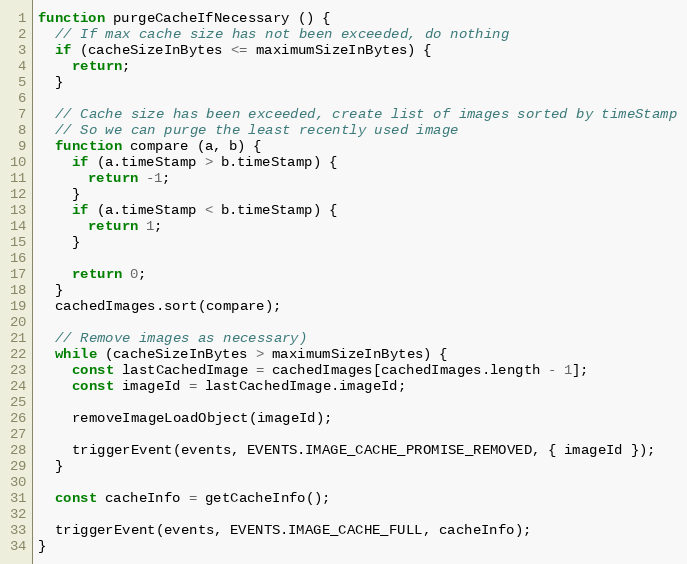
Language: JavaScript
function purgeCacheIfNecessary () {
  // If max cache size has not been exceeded, do nothing
  if (cacheSizeInBytes <= maximumSizeInBytes) {
    return;
  }

  // Cache size has been exceeded, create list of images sorted by timeStamp
  // So we can purge the least recently used image
  function compare (a, b) {
    if (a.timeStamp > b.timeStamp) {
      return -1;
    }
    if (a.timeStamp < b.timeStamp) {
      return 1;
    }

    return 0;
  }
  cachedImages.sort(compare);

  // Remove images as necessary)
  while (cacheSizeInBytes > maximumSizeInBytes) {
    const lastCachedImage = cachedImages[cachedImages.length - 1];
    const imageId = lastCachedImage.imageId;

    removeImageLoadObject(imageId);

    triggerEvent(events, EVENTS.IMAGE_CACHE_PROMISE_REMOVED, { imageId });
  }

  const cacheInfo = getCacheInfo();

  triggerEvent(events, EVENTS.IMAGE_CACHE_FULL, cacheInfo);
}